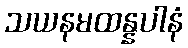
သယနမထန္နပါနံ